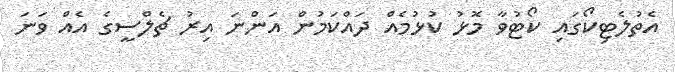
އެތުލެޓިކޯގައި ކޯޓުވާ މޮޅު ކުޅުމެއް ދައްކަމުން އަންނަ އިރު ޗެލްސީގެ އެއް ވަނަ